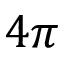
4 \pi